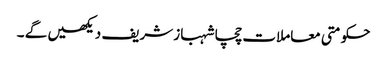
حکومتی معاملات چچا شہباز شریف دیکھیں گے ۔